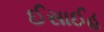
ઈસાઈહ